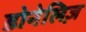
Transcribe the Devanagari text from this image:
डोनेलिज़